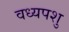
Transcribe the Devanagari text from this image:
वध्यपशु